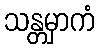
သန္တမှာကံ